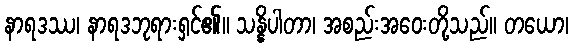
နာရဒဿ၊ နာရဒဘုရားရှင်၏။ သန္နိပါတာ၊ အစည်းအဝေးတို့သည်။ တယော၊